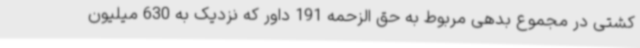
کشتی در مجموع بدهی مربوط به حق الزحمه 191 داور که نزدیک به 630 میلیون